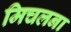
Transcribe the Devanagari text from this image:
मिचलना